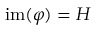
\mathrm { i m } ( \varphi ) = H